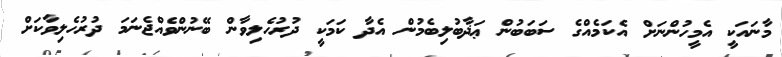
މާނައަކީ އެމީހުންނަށް އެކަމެއްގެ ސަބަބުން ޢަޛާބުލިބެމުން އެދާ ކަމަކީ ދުރުހެލިވާން ބޭނުންވެއްޖެނަމަ ދުރުހެލިވާކަށް